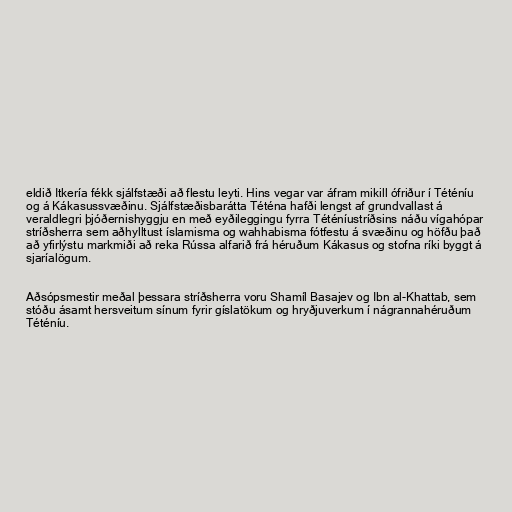
eldið Itkería fékk sjálfstæði að flestu leyti. Hins vegar var áfram mikill ófriður í Téténíu
og á Kákasussvæðinu. Sjálfstæðisbarátta Téténa hafði lengst af grundvallast á
veraldlegri þjóðernishyggju en með eyðileggingu fyrra Téténíustríðsins náðu vígahópar
stríðsherra sem aðhylltust íslamisma og wahhabisma fótfestu á svæðinu og höfðu það
að yfirlýstu markmiði að reka Rússa alfarið frá héruðum Kákasus og stofna ríki byggt á
sjaríalögum.

Aðsópsmestir meðal þessara stríðsherra voru Shamíl Basajev og Ibn al-Khattab, sem
stóðu ásamt hersveitum sínum fyrir gíslatökum og hryðjuverkum í nágrannahéruðum
Téténíu.